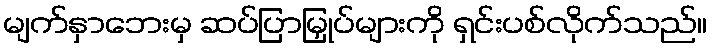
မျက်နှာဘေးမှ ဆပ်ပြာမြှုပ်များကို ရှင်းပစ်လိုက်သည်။